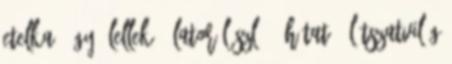
Etelka: Úgy ölellek 1 Lator László: Áhítat 1 Látszatvilág